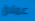
عملاق